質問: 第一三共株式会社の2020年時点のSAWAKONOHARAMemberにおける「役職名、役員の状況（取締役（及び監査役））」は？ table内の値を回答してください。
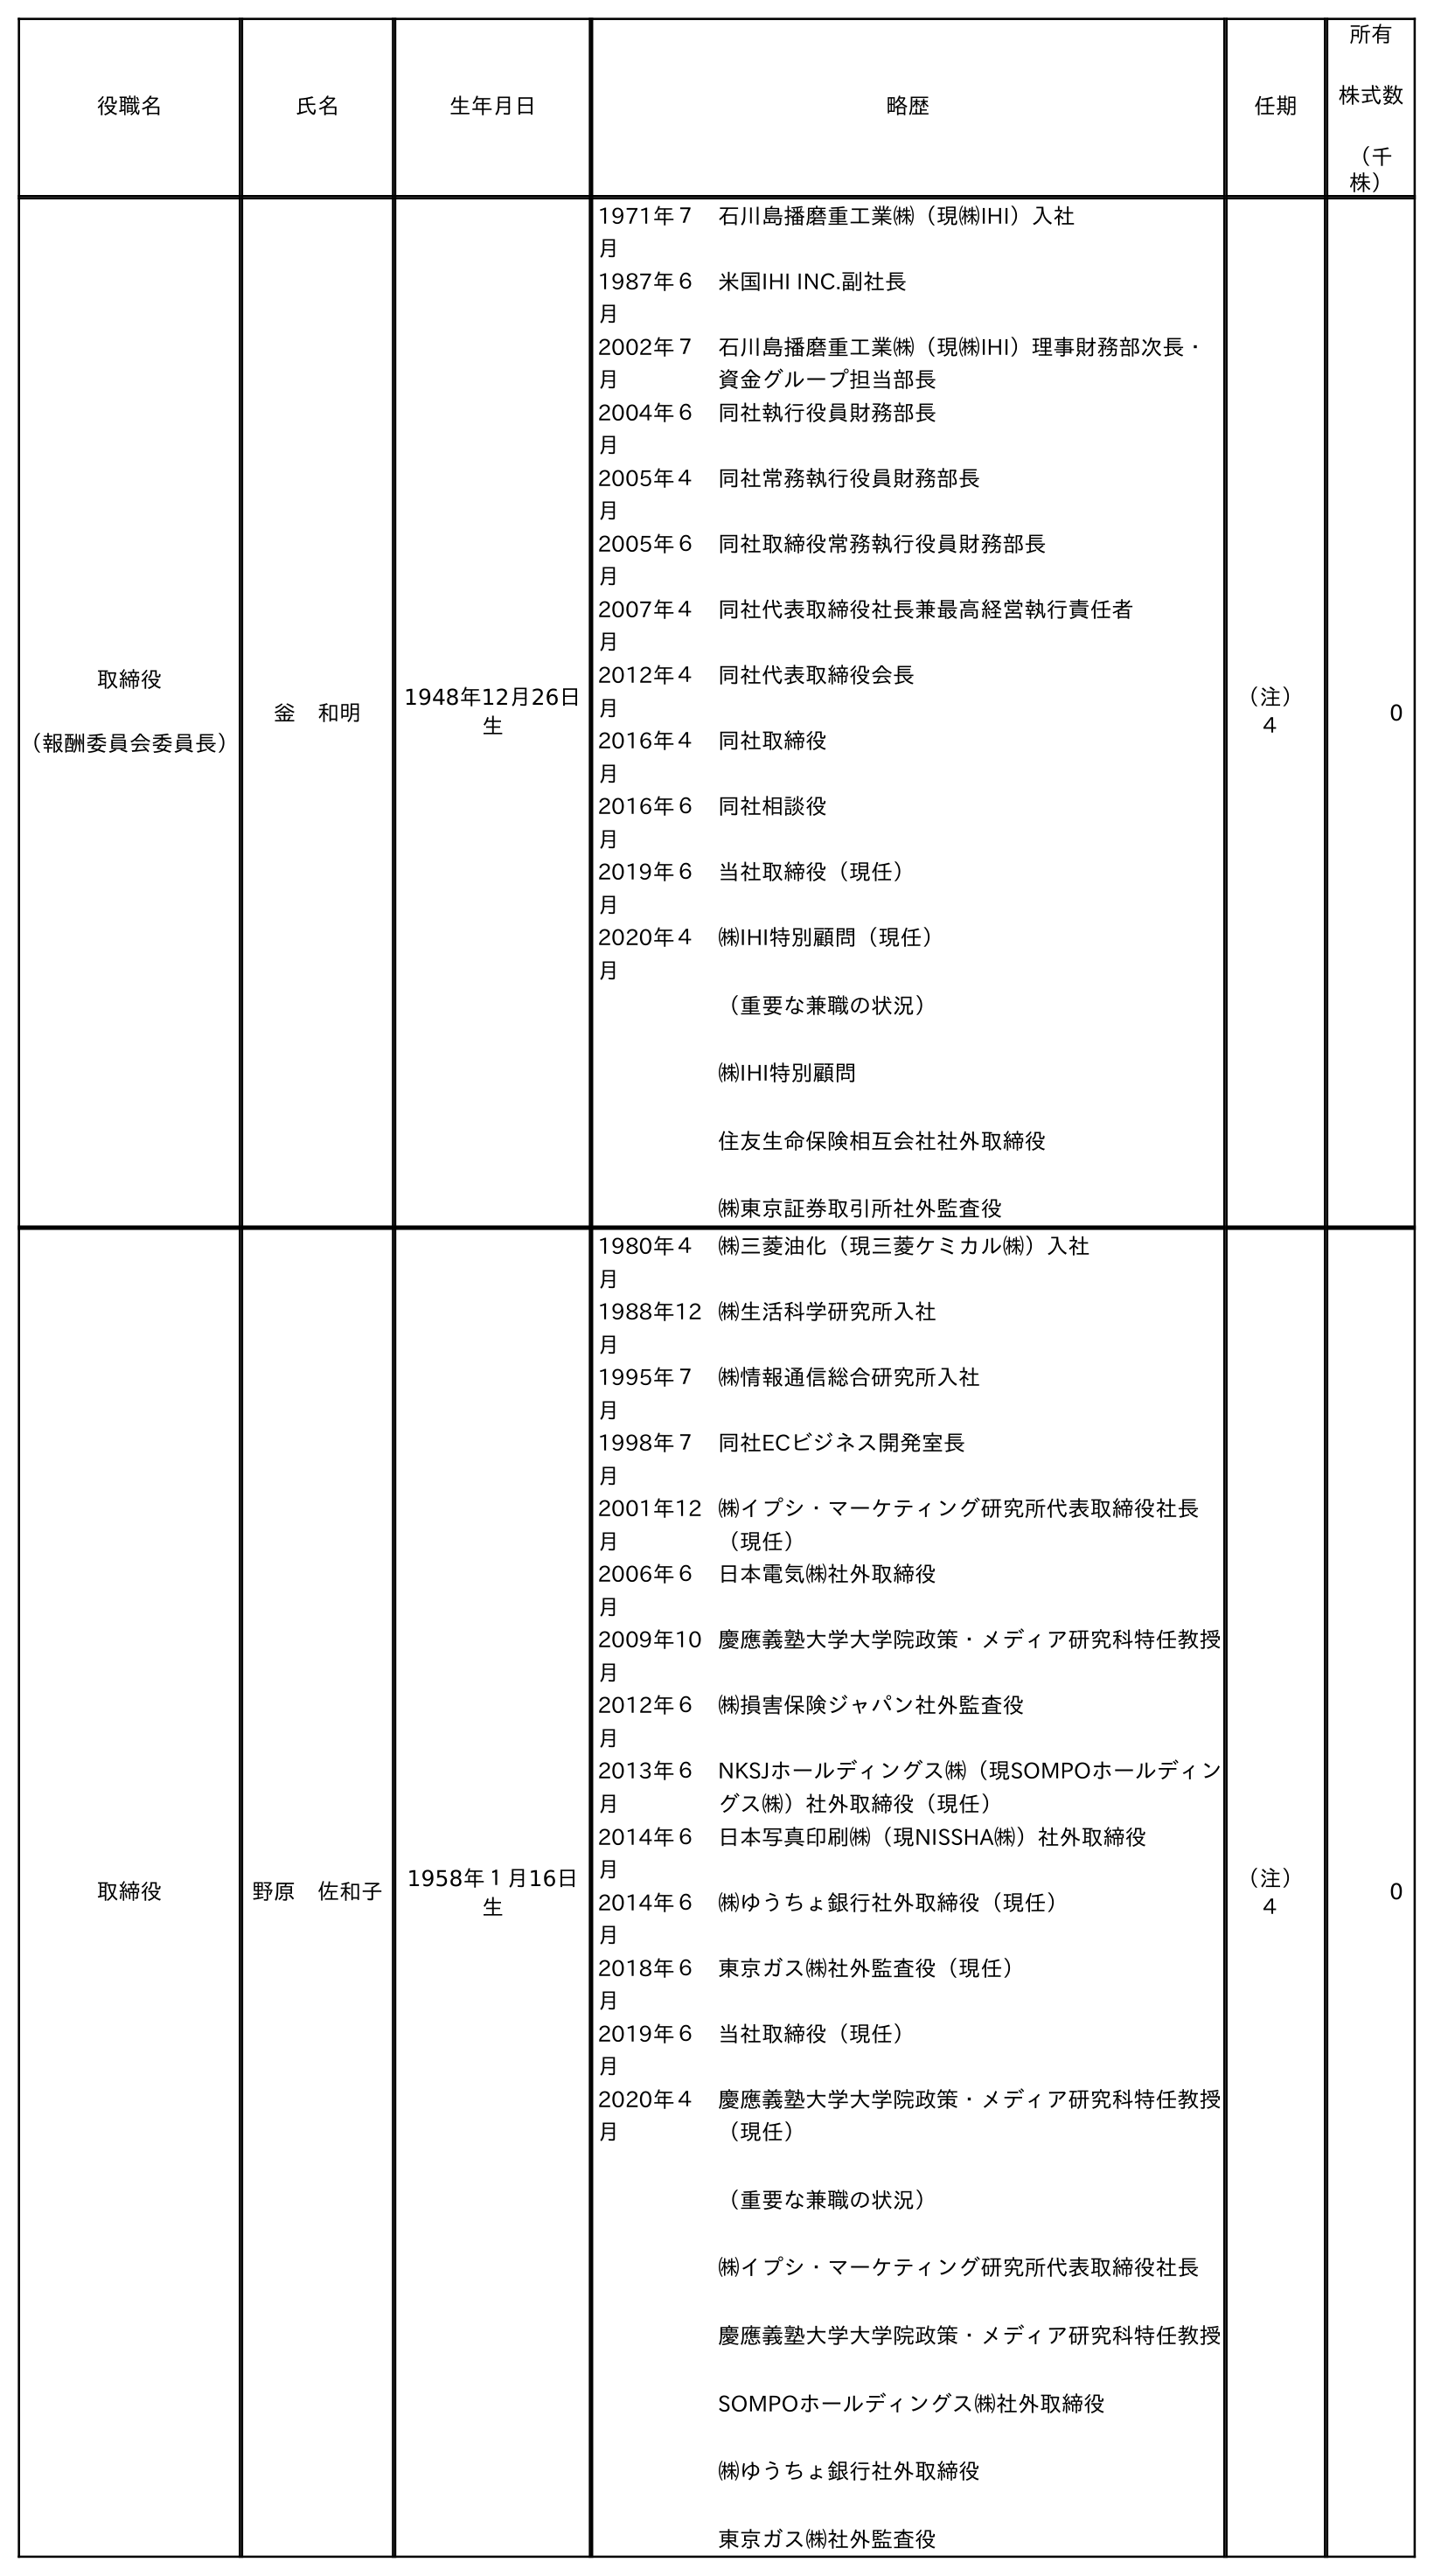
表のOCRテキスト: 役職名 氏名 生年月日 略歴 任期 所有 株式数 （千 株） 取締役 （報酬委員会委員長） 釡 和明 1948年12月26日 生 1971年７ 月 石川島播磨重工業㈱（現㈱IHI）入社 1987年６ 月 米国IHI INC.副社長 2002年７ 月 石川島播磨重工業㈱（現㈱IHI）理事財務部次長・ 資金グループ担当部長 2004年６ 月 同社執行役員財務部長 2005年４ 月 同社常務執行役員財務部長 2005年６ 月 同社取締役常務執行役員財務部長 2007年４ 月 同社代表取締役社長兼最高経営執行責任者 2012年４ 月 同社代表取締役会長 2016年４ 月 同社取締役 2016年６ 月 同社相談役 2019年６ 月 当社取締役（現任） 2020年４ 月 ㈱IHI特別顧問（現任） （重要な兼職の状況） ㈱IHI特別顧問 住友生命保険相互会社社外取締役 ㈱東京証券取引所社外監査役 （注） ４ 0 取締役 野原 佐和子 1958年１月16日 生 1980年４ 月 ㈱三菱油化（現三菱ケミカル㈱）入社 1988年12 月 ㈱生活科学研究所入社 1995年７ 月 ㈱情報通信総合研究所入社 1998年７ 月 同社ECビジネス開発室長 2001年12 月 ㈱イプシ・マーケティング研究所代表取締役社長 （現任） 2006年６ 月 日本電気㈱社外取締役 2009年10 月 慶應義塾大学大学院政策・メディア研究科特任教授 2012年６ 月 ㈱損害保険ジャパン社外監査役 2013年６ 月 NKSJホールディングス㈱（現SOMPOホールディン グス㈱）社外取締役（現任） 2014年６ 月 日本写真印刷㈱（現NISSHA㈱）社外取締役 2014年６ 月 ㈱ゆうちょ銀行社外取締役（現任） 2018年６ 月 東京ガス㈱社外監査役（現任） 2019年６ 月 当社取締役（現任） 2020年４ 月 慶應義塾大学大学院政策・メディア研究科特任教授 （現任） （重要な兼職の状況） ㈱イプシ・マーケティング研究所代表取締役社長 慶應義塾大学大学院政策・メディア研究科特任教授 SOMPOホールディングス㈱社外取締役 ㈱ゆうちょ銀行社外取締役 東京ガス㈱社外監査役 （注） ４ 0
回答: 取締役